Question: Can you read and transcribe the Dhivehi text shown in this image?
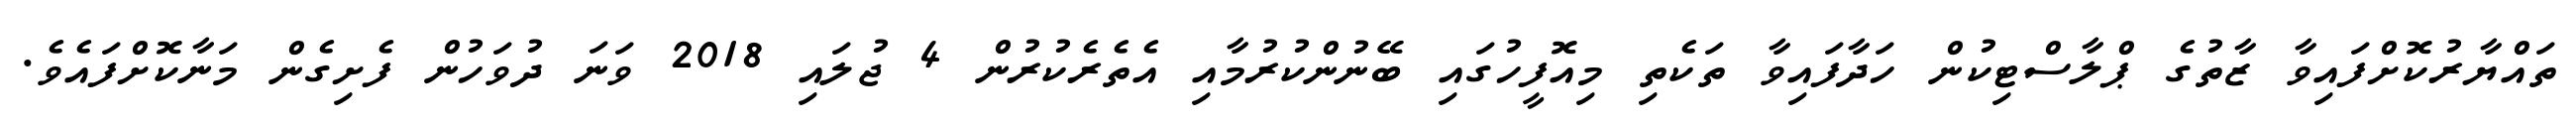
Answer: ތައްޔާރުކޮށްފައިވާ ޒާތުގެ ޕްލާސްޓިކުން ހަދާފައިވާ ތަކެތި މިއޮފީހުގައި ބޭނުންކުރުމާއި އެތެރެކުރުން 4 ޖުލައި 2018 ވަނަ ދުވަހުން ފެށިގެން މަނާކޮށްފައެވެ.